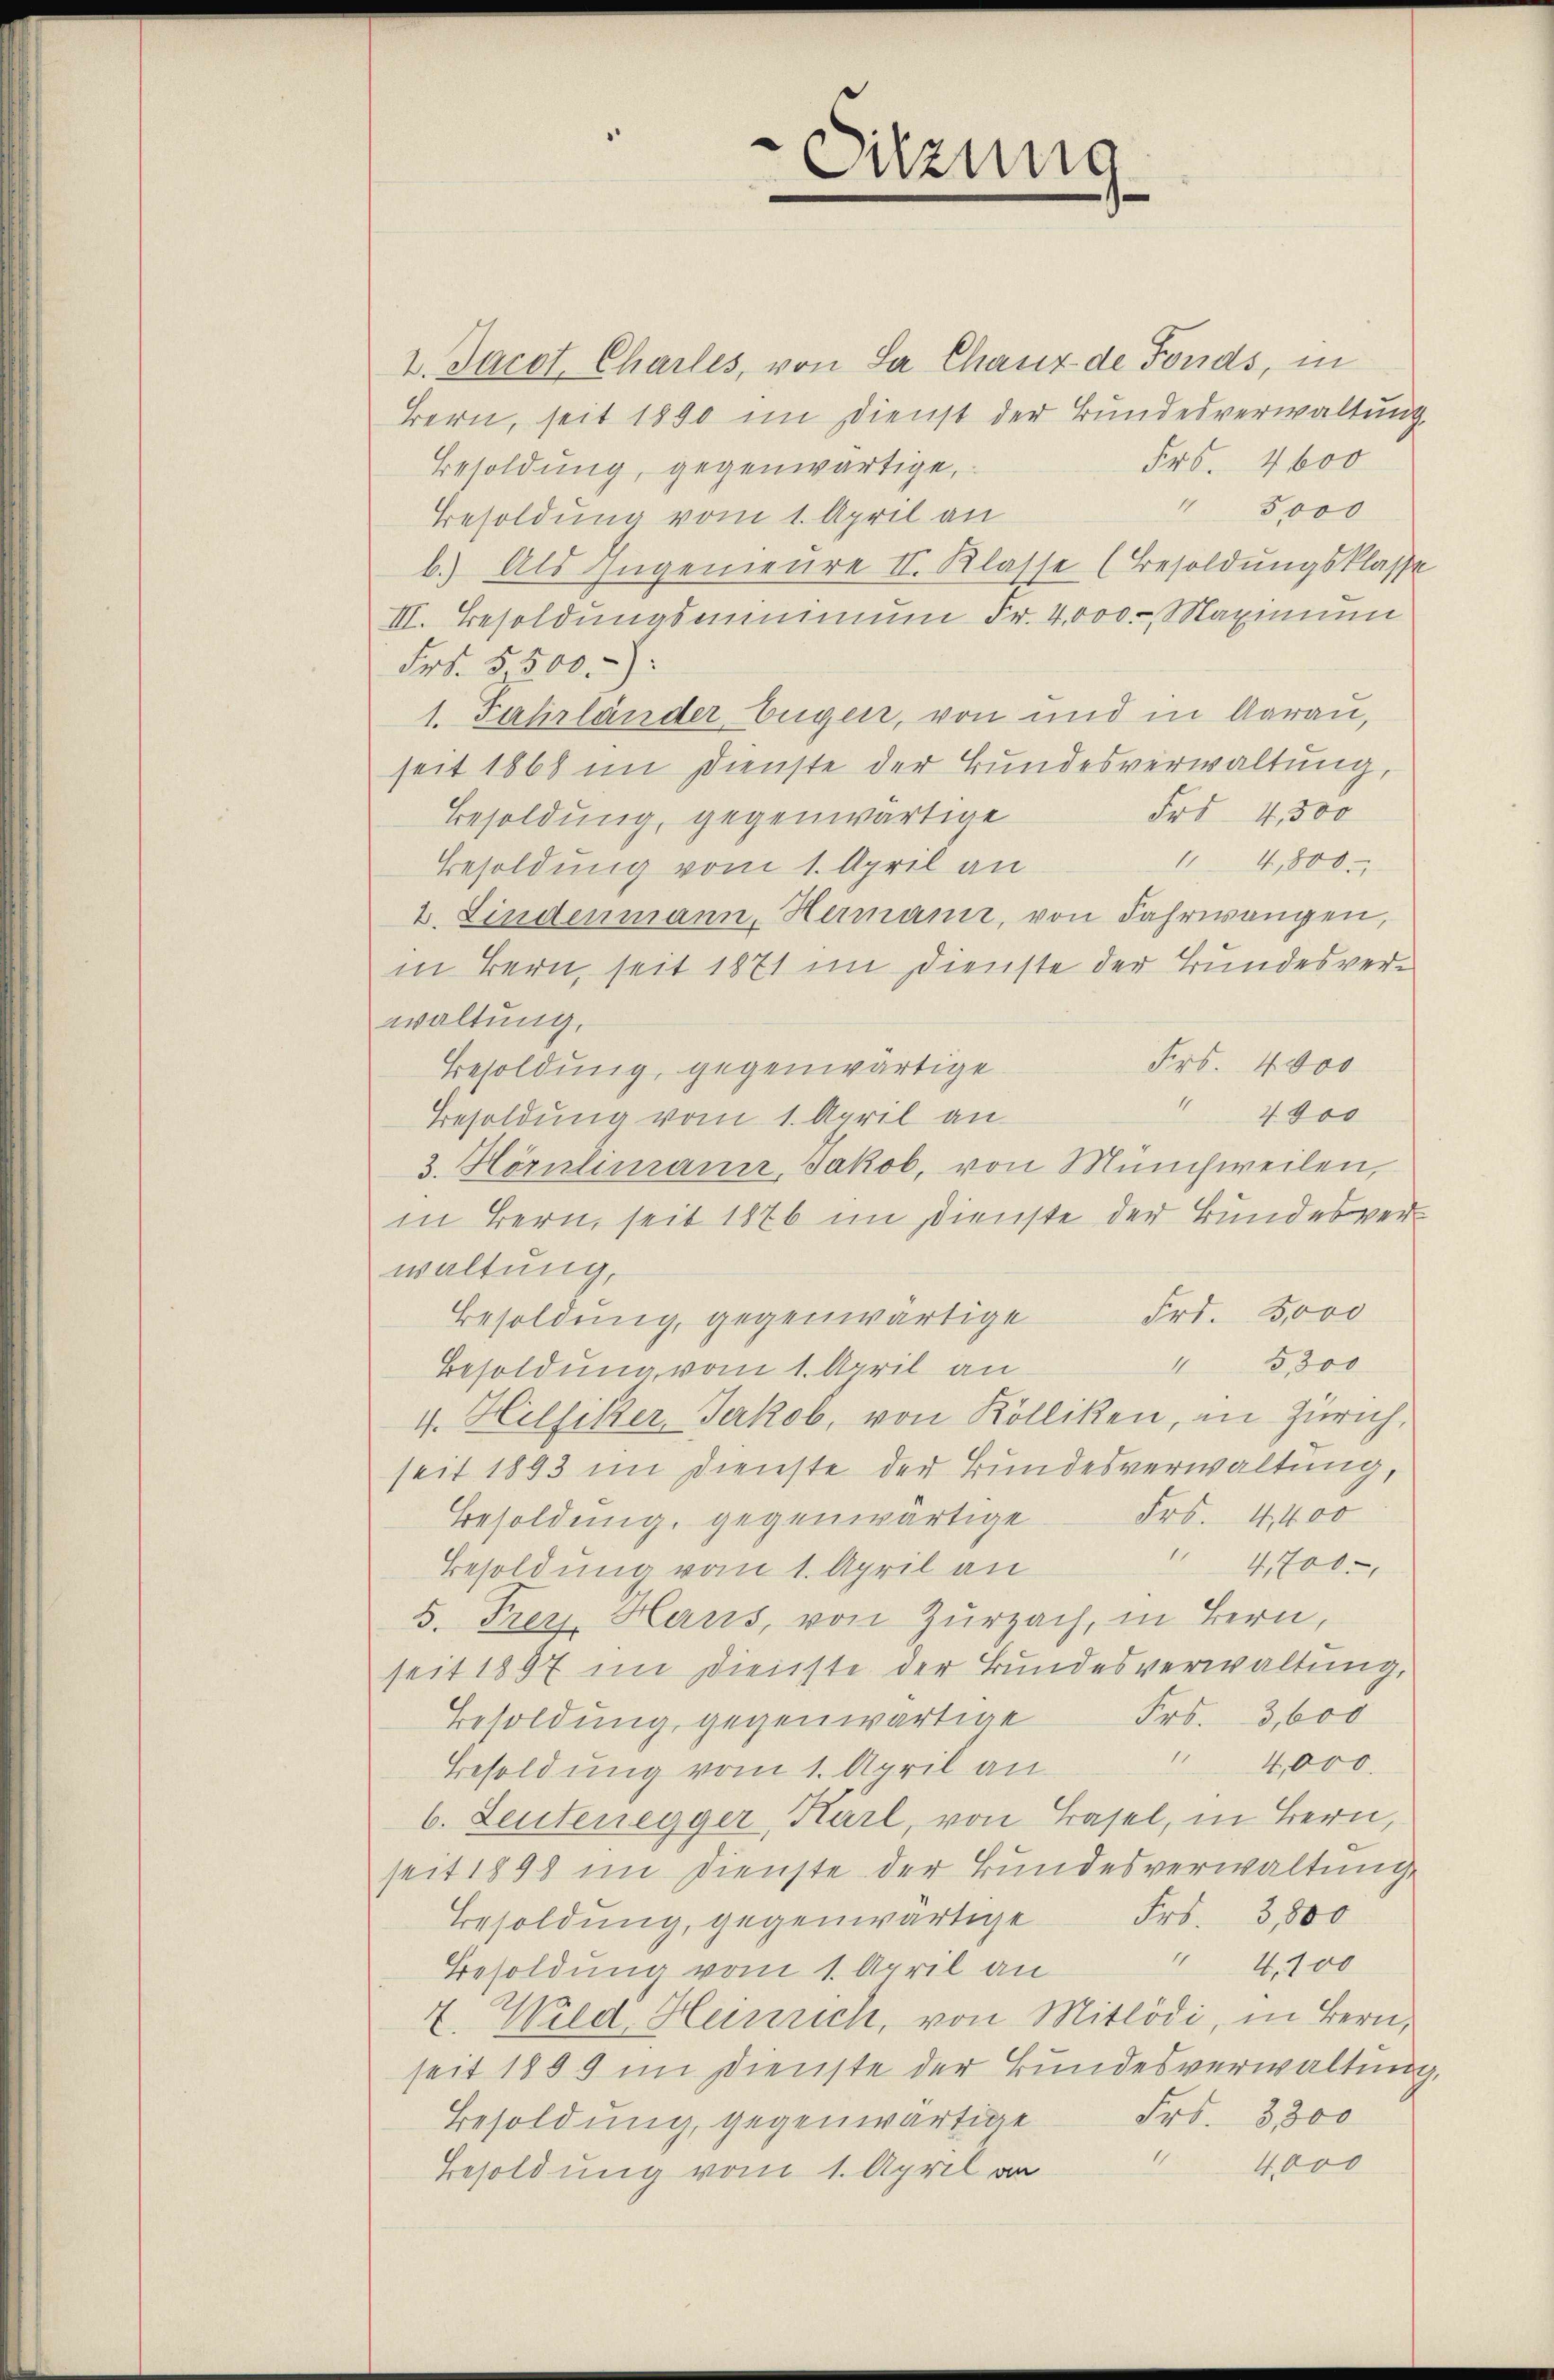
Sitzung
¬

2. Jacot. Charles, von La Chaux de Fonds, in
Bern, seit 1890 im Dienst der Bundesverwaltung
Fr. 4600
Besoldung, gegenwärtige,
" 5,000
Besoldung vom 1. April an
b.) Als Ingenieure II. Klasse (Besoldungsklasse
III. Besoldungsminimum Fr. 4,000. Maximum
Frt. 5500.
1. Fahrländer beigen, von und in Aarau,
seit 1868 im Dienste der Bundesverwaltung,
Fr 4,500
Besoldung, gegenwärtige
14,800.
Besoldung vom 1. April an
2. Lindenmann, Hermann, von Fahrwangen,
in Bern, seit 1871 im Dienste der Bundesverwaltung,
Frs. 40000
Besoldung, gegenwärtige
1
4000
Besoldung vom 1. April an
3. Hörnliuramer, Jakob, von Münchweilen,
in Bern, seit 1876 im Dienste der Bundesverwaltung,
Besoldung, gegenwärtige Fr. 3000
3,300
Besoldung vom 1. April an
4. Hilfiker, Jerkob, von Kölliken, an Zürich,
seit 1893 im Dienste der Bundesverwaltung,
Besoldung, gegenwärtige Frs. 4400
 4700.
Besoldung vom 1. April an
5. Frey. Haus, von Zurzach, in Bern,
seit 1897 im Dienste der Bundesverwaltung,
Besoldung gegenwärtige Frs. 3,600
4,000
Besoldung vom 1. April an
b. Leutenegger, Harl, von Basel, in Bern,
seit 1898 im Dienste der Bundesverwaltung
Besoldung, gegenwärtige Frs. 3800
11
4,100
Besoldung vom 1. April an
2. Wild, Heinrich, von Mitlödi, in Bern,
seit 1889 im Dienste der Bundesverwaltung
Besoldung, gegenwärtige Frs. 3300
" 4000
Besoldung vom 1. April an